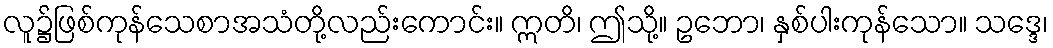
လူ၌ဖြစ်ကုန်သေစာအသံတို့လည်းကောင်း။ ဣတိ၊ ဤသို့။ ဥဘော၊ နှစ်ပါးကုန်သော။ သဒ္ဒေ၊